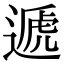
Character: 遞